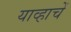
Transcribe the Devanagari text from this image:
याव्हाचें